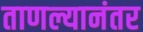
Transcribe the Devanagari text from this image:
ताणल्यानंतर